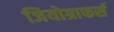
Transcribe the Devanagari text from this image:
जियोग्राफर्स